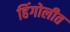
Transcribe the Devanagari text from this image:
हिंगोलीत